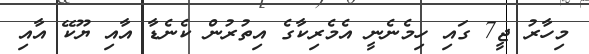
މިހާރު ޖީ7 ގައި ހިމެނެނީ އެމެރިކާގެ އިތުރުން ކެނެޑާ އާއި ޔޫކޭ އާއި